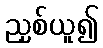
ညှစ်ယူ၍